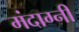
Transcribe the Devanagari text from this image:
मंदाग्नी